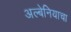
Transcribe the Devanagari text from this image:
अल्बेनियाचा